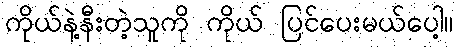
ကိုယ်နဲ့နီးတဲ့သူကို ကိုယ် ပြင်ပေးမယ်ပေါ့။